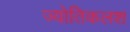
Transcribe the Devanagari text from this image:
ज्योतिकलश